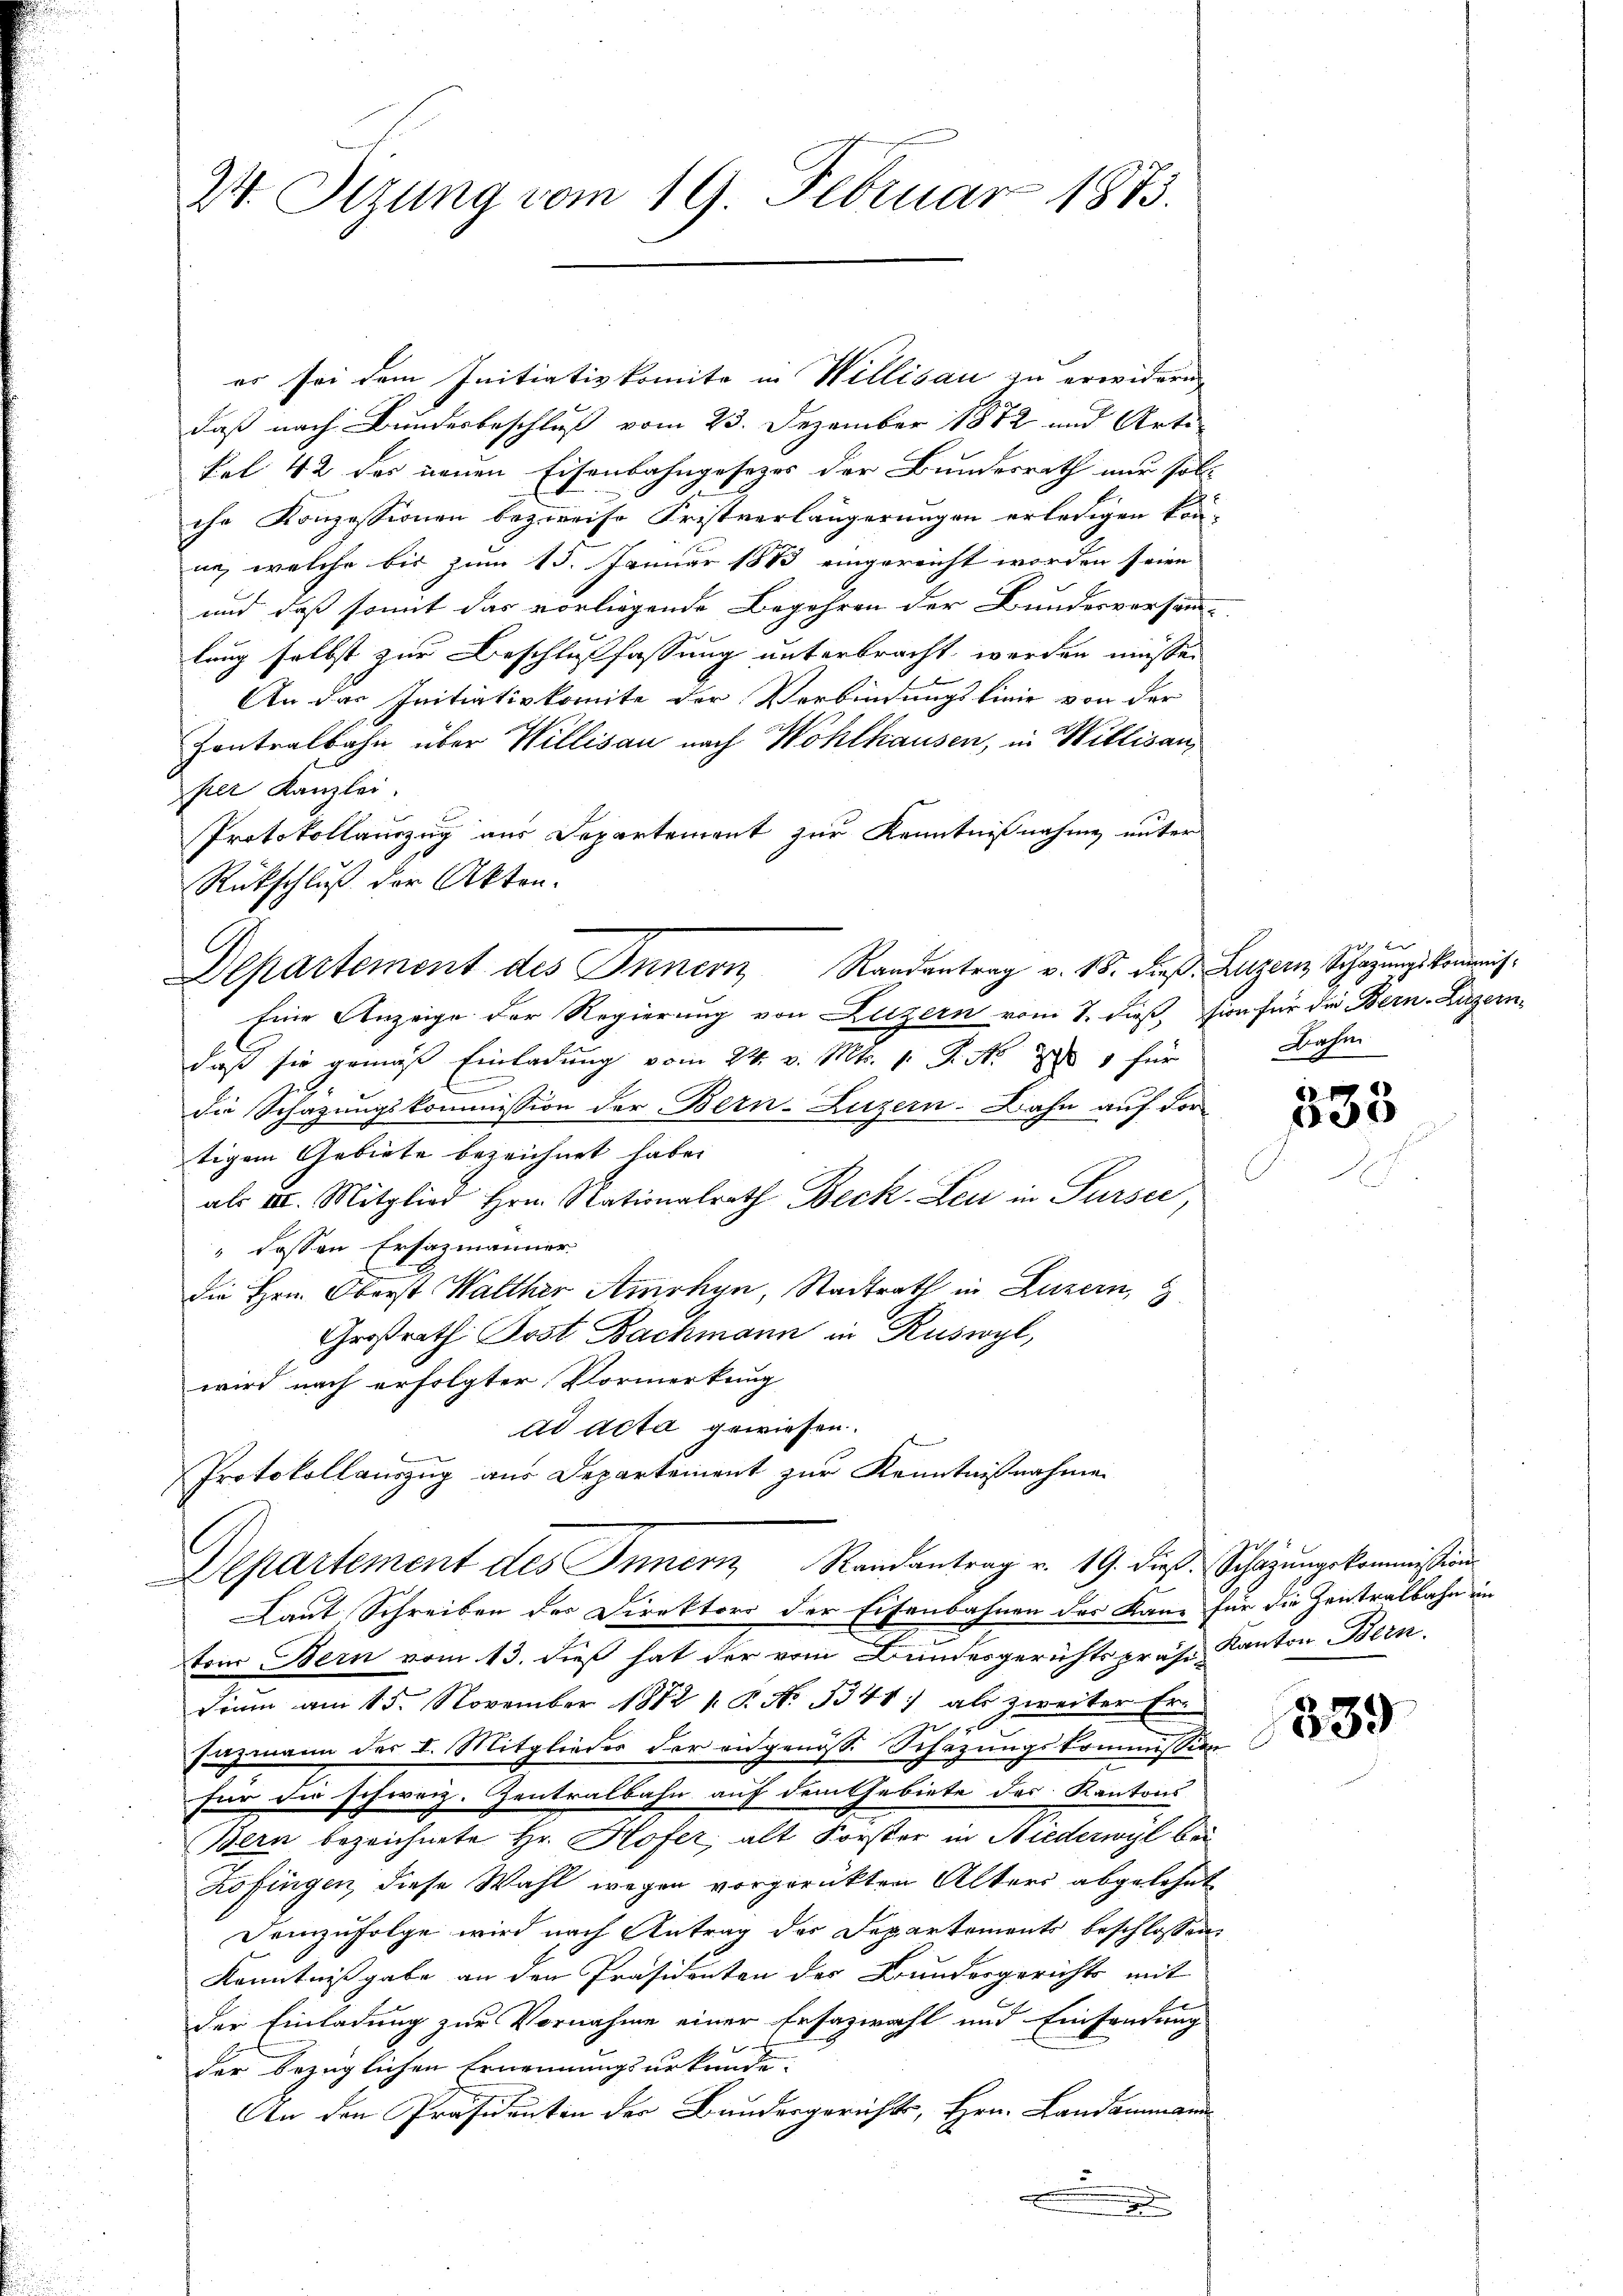
2. Sitzung vom 19. Februar 1873.

es sei dem Initiativkomite in Willisau zu erwidern
daß nach Bunderbeschluß vom 23. Dezember 1872 und Arte
Pef 42 der neuen Eisenbahngesezes der Bundesrath nur soll
che Konzessionen bezweife Fristverlängerungen erledigen kon-
ne, welche bis zum 13. Januar 1883 eingereicht worden seien. |
und daß somit das vorliegende Begehren der Bundesversamm-
lang selbst zur Beschlussfassung unterbracht werden müsse.
An das Initiativkomite der Verbindungslinie von der
Contralbahn über Willisau nach Wohlhausen, in Willisau
per Kanzlei.
Protokollauszug aus Departement zur Kenntnißnahme unter
Rückschluß der Akten.
Eine Anzeige der Regierung von Luzern vom 1. dieß, sin für die Bern, Luzern-
daß sie gemäß Einladung vom 24. v. Mts. v. P. Nr. 71 für
E
die Schätzungskommission der Bern-Luzern. Dahn auf der
tigem Gebiete bezeichnet habe.
als III. Mitglied Hrn. Nationalrath Beck-Leu in Sursee,
" fassen Ersazmänner
die Hrn. Oberst Walther Amrhyn, Stadtrath in Luzern,
Großrath Post Bachmann in Ruswyl,
wird nach erfolgter Vormerkung
ad Acta gewiesen.
Protokollauszug aus Departement zur Kenntnißnahme
Departement des Innern Randantrag v. 19. die Schazungekommission
Laut Schreiben des Direktors der Eisenbahnen der Kann für die Zentralbahn im
n
tem Bern vom 13. dieß hat der vom Bundesgerichtspräs. Kanton Bern.
Dinn am 15. November 1812 1. P. No. 3341) als zweiter Eri
Enzmann der I. Mitgliedes der eidgenöße Schazungskommission
Für die schweiz. Zentralbahn auf dem Gebiete des Kantons
Bern bezeichnete Hr. Hofer, alt Forster in Niederwyl bei
Zofingen, diese Wahl wegen vorgerückten Alters abgelehnt
Demzufolge wird nach Antrag des Departements beschlossen:
Kenntnißgabe an den Präsidenten des Bundesgerichts mit
der Einladung zur Vornahme einer Ersazwahl und Einsendung
der bezüglichen Ernennungsurkunde.
An den Präsidenten der Bundesgerichts, Hrn. Landammann
.

Departement des Innern, Randantrag v. 15. dieß. Luzern Schazungskommis¬

g
Bahn

6
633

339